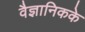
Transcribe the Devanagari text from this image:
वैज्ञानिकके